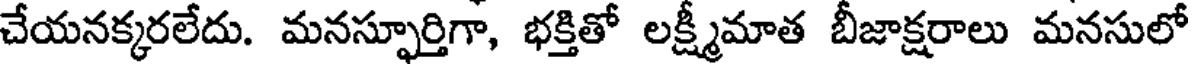
చేయనక్కరలేదు. మనస్ఫూర్తిగా, భక్తితో లక్ష్మీమాత బీజాక్షరాలు మనసులో